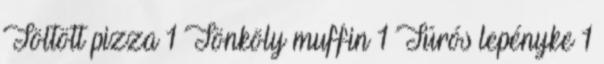
Töltött pizza 1 Tönköly muffin 1 Túrós lepényke 1